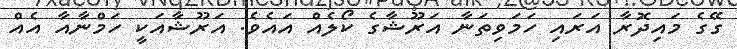
ގޭގެ މައިދޮރާ އަރައި ހަމަވިތަނާ އަރޫޝާގެ ކޯލެއް އައެވެ. އަރޫޝާއަކީ ހަމްނާއާ އެއް